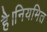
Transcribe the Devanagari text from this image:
है।नियमित